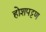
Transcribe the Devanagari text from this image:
होशपट्टण